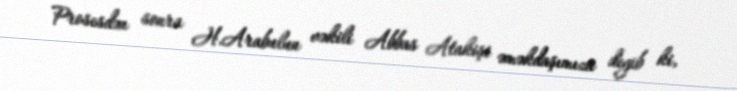
Prosesdən sonra H.Arabulun vəkili Abbas Atakişi əməkdaşımıza deyib ki,